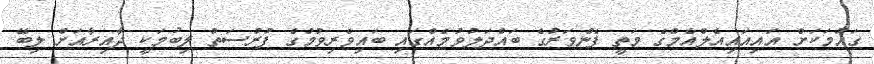
ގައުމަކަށް އައިއައިއެލްއެމްގެ މަތީ ފެންވަރުގެ ބައްދަލުވުމެއްގައި ބައިވެރިވުމުގެ ފުރުސަތު ލިބުމަކީ ދާއިރާއަށް ލިބޭ